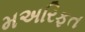
મઅરિફત